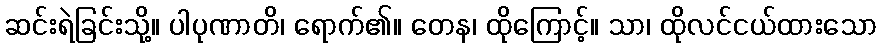
ဆင်းရဲခြင်းသို့။ ပါပုဏာတိ၊ ရောက်၏။ တေန၊ ထိုကြောင့်။ သာ၊ ထိုလင်ငယ်ထားသော